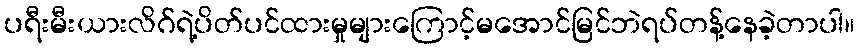
ပရီးမီးယားလိဂ်ရဲ့ပိတ်ပင်ထားမှုများကြောင့်မအောင်မြင်ဘဲရပ်တန့်နေခဲ့တာပါ။